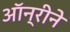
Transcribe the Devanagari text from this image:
ऑन्रीने